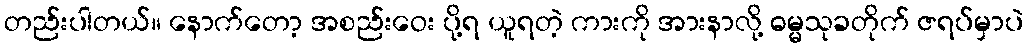
တည်းပါတယ်။ နောက်တော့ အစည်းဝေး ပို့ရ ယူရတဲ့ ကားကို အားနာလို့ ဓမ္မသုခတိုက် ဇရပ်မှာပဲ